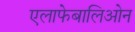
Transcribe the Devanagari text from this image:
एलाफेबालिओन